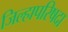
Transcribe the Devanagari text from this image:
जिल्हापरिषदा